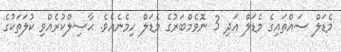
މެޑަލް ސައްތައިގެ މެޑަލް އަދި 3 ނޮވެމްބަރުގެ މެޑަލް ހިމެނެއެވެ. ޙާސިލްކުރެއްވި ކުލަތަކުގެ